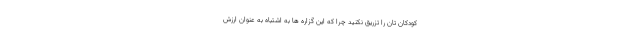
کودکان تان را تزریق نکنید چرا که این گزاره ها به اشتباه به عنوان ارزش